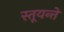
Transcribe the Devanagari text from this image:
स्तूयन्ते